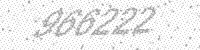
Solution: 966222